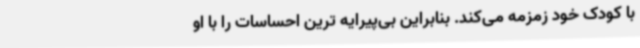
با کودک خود زمزمه می‌کند. بنابراین بی‌پیرایه ترین احساسات را با او